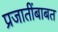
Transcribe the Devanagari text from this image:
प्रजातींबाबत